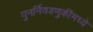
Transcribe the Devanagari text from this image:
पुनर्निवडणुकींमध्ये